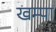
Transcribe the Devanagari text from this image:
खम्पा